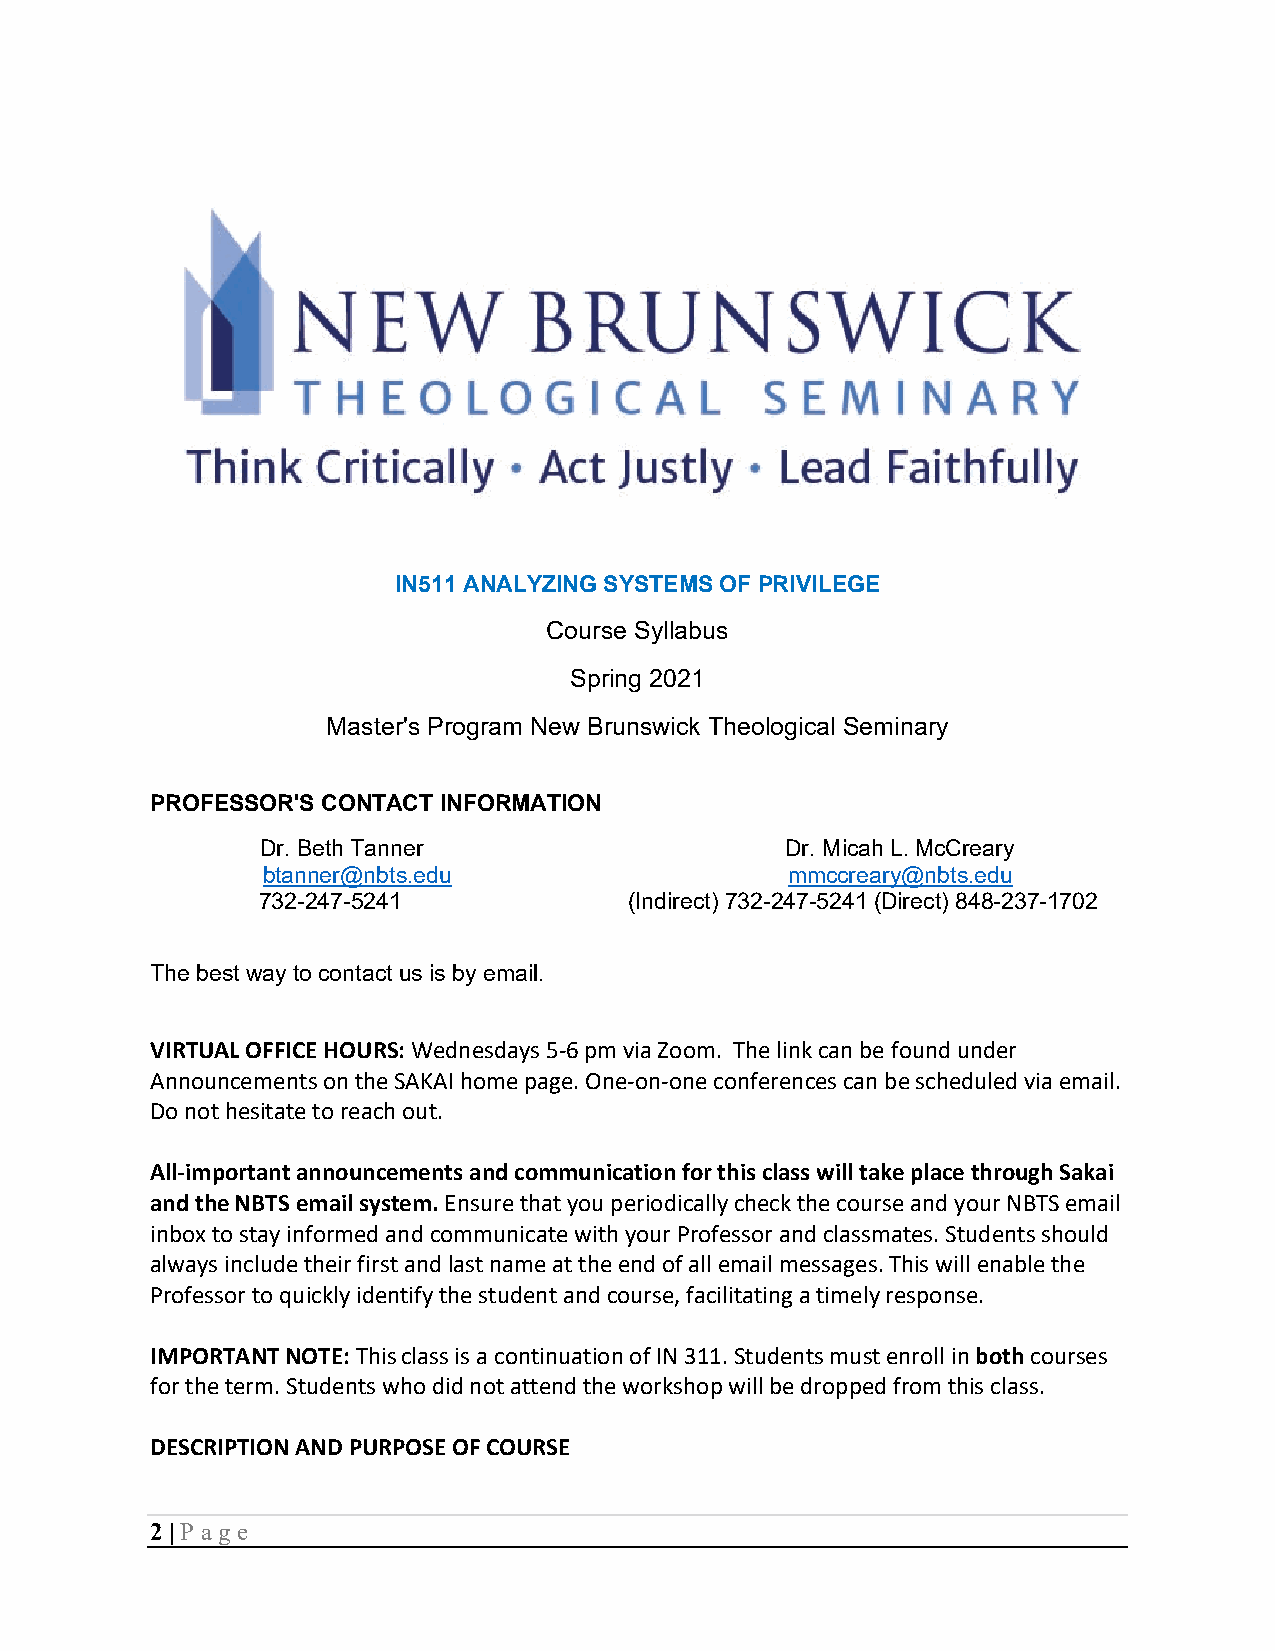
IN511 ANALYZING SYSTEMS OF PRIVILEGE
 Course Syllabus
 Spring 2021
 Master's Program New Brunswick Theological Seminary
 PROFESSOR'S CONTACT INFORMATION
 Dr. Beth Tanner                    Dr. Micah L. McCreary
 btanner@nbts.edu                   mmccreary@nbts.edu
 732-247-5241             (Indirect) 732-247-5241 (Direct) 848-237-1702
 The best way to contact us is by email.
 VIRTUAL OFFICE HOURS: Wednesdays 5-6 pm via Zoom. The link can be found under
 Announcements on the SAKAI home page. One-on-one conferences can be scheduled via email.
 Do not hesitate to reach out.
 All-important announcements and communication for this class will take place through Sakai
 and the NBTS email system. Ensure that you periodically check the course and your NBTS email
 inbox to stay informed and communicate with your Professor and classmates. Students should
 always include their first and last name at the end of all email messages. This will enable the
 Professor to quickly identify the student and course, facilitating a timely response.
 IMPORTANT NOTE: This class is a continuation of IN 311. Students must enroll in both courses
 for the term. Students who did not attend the workshop will be dropped from this class.
 DESCRIPTION AND PURPOSE OF COURSE
 2 | P age